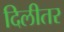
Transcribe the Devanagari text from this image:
दिलीतर